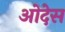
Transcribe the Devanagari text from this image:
ओदेस